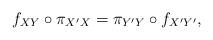
LaTeX: \begin{align*}f_{XY}\circ\pi_{X'X} = \pi_{Y'Y}\circ f_{X'Y'},\end{align*}